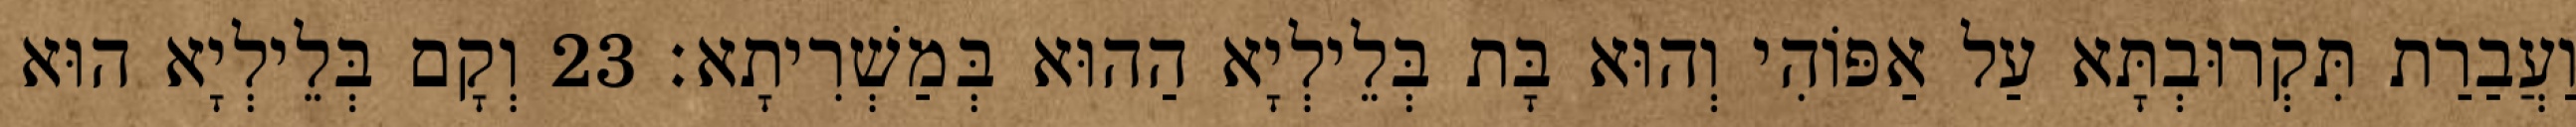
וַעֲבַרַת תִּקְרוּבְתָּא עַל אַפּוֹהִי וְהוּא בָּת בְּלֵילְיָא הַהוּא בְּמַשְׁרִיתָא׃ 23 וְקָם בְּלֵילְיָא הוּא